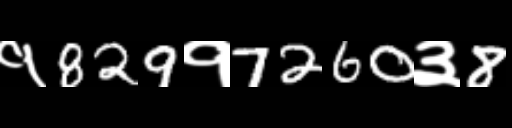
Text: १829१7260३8